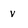
Character: v